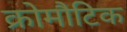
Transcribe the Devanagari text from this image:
क्रोमौटिक